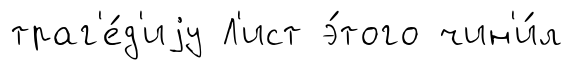
траг'е́д'иjу Л'ист э́того чин'и́л